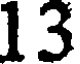
13